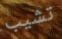
تشيب